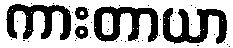
ကားတာယာ